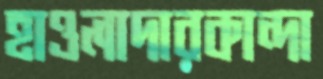
হাওলাদারকান্দা